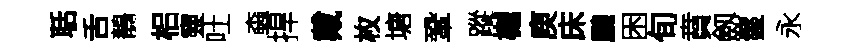
聒舌鶺梠靈吐螙捍戴枚塘鞏蹤樾庾床鵬困旬賁劔鬣永